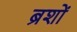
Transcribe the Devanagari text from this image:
ब्रशों